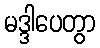
မဒ္ဒါပေတွာ